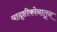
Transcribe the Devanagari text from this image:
यादृष्टीकोनातून